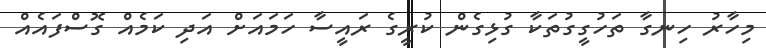
މިހާރު ހިނގާ ތަހުގީގުތަކާ ގުޅިގެން ކުރީގެ ރައީސާ ހަމައަށް އަދި ކަމެއް ގޮސްފައެއް